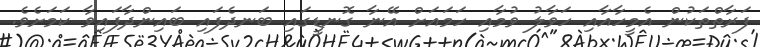
ފަރާތްތަކުން އެމީހާއާއި ހަވާލު ވުމާއި ހަމައަށް އޭނާ ގޮނޑީގައި ބަނދެފައި ބައިންދާފައިވާ ކަމަށެވެ.